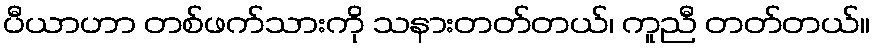
ပီယာဟာ တစ်ဖက်သားကို သနားတတ်တယ်၊ ကူညီ တတ်တယ်။